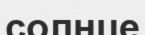
солнце